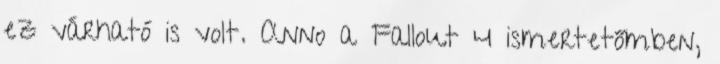
ez várható is volt. Anno a Fallout 4 ismertetőmben,